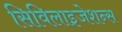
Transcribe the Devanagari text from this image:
सिविलाइजेशन्स